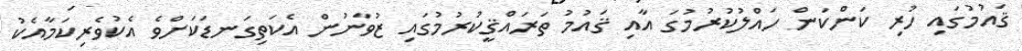
ޤައުމުގައި ހުރި ކަންކަން ހައްލުކުރުމުގަ އާއި ޤައުމު ތަރައްޤީކުރުމުގައި ޒުވާނުން އެކަތިގަނޑަކަށްވެ އެކުވެރިކަމާއެކު